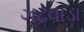
ગઢવાડા